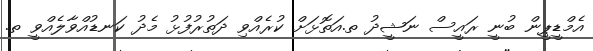
އެމްޑީޕީން ބުނީ ރައީސް ނަޝީދު ތ.އަތޮޅަށް ކުރެއްވި ދަތުރުފުޅު މެދު ކަނޑުއްވާލެއްވީ ތ.